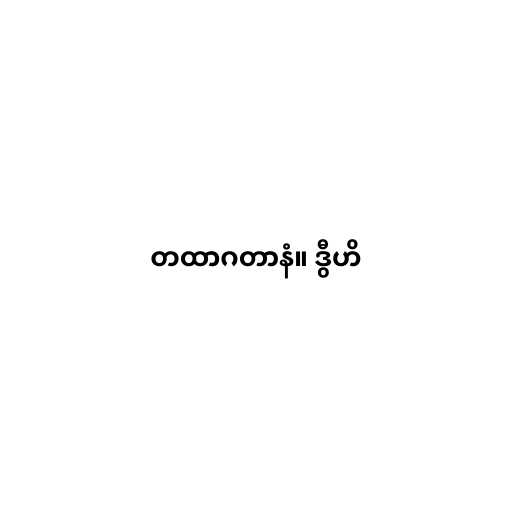
တထာဂတာနံ။ ဒွီဟိ